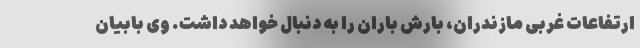
ارتفاعات غربی مازندران، بارش باران را به دنبال خواهد داشت. وی بابیان